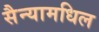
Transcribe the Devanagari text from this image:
सैन्यामधिल